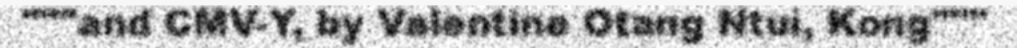
"""and CMV-Y, by Valentine Otang Ntui, Kong"""